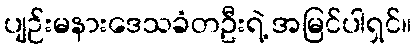
ပျဉ်းမနားဒေသခံတဦးရဲ့ အမြင်ပါရှင်။